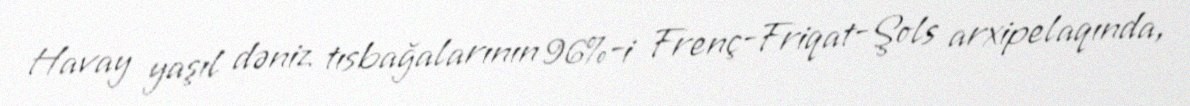
Havay yaşıl dəniz tısbağalarının 96%-i Frenç-Friqat-Şols arxipelaqında,